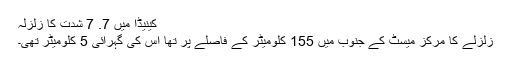
کینیڈا میں 7. 7 شدت کا زلزلہ
زلزلے کا مرکز میسٹ کے جنوب میں 155 کلومیٹر کے فاصلے پر تھا اس کی گہرائی 5 کلومیٹر تھی۔